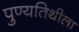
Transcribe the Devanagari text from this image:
पुण्यतिथीला